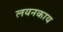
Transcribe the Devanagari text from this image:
लयनकाय